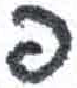
אות: פ